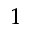
^ 1